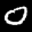
Label: 0